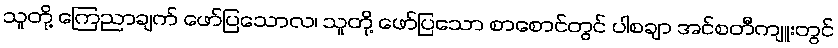
သူတို့ ကြေညာချက် ဖော်ပြသောလ၊ သူတို့ ဖော်ပြသော စာစောင်တွင် ပါစချာ အင်စတီကျူးတွင်